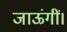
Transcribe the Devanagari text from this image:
जाऊंगीं।